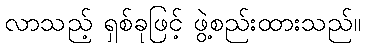
လာသည့် ရှစ်ခုဖြင့် ဖွဲ့စည်းထားသည်။